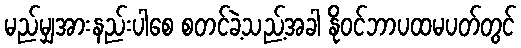
မည်မျှအားနည်းပါစေ စတင်ခဲ့သည့်အခါ နိုဝင်ဘာပထမပတ်တွင်